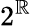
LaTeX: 2^{\mathbb{R}}